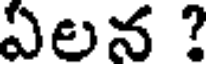
ఏలన ?